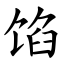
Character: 馅